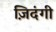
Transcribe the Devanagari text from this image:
ज़िदंगी